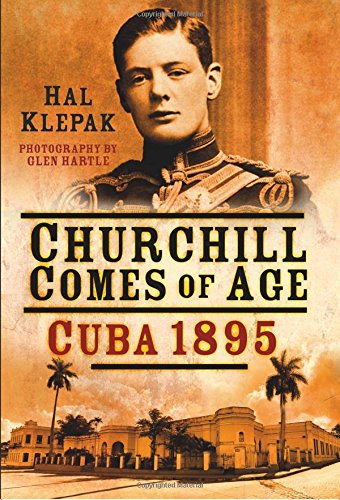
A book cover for Churchill Comes of Age: Cuba 1895; Dr. Hal Klepak; History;